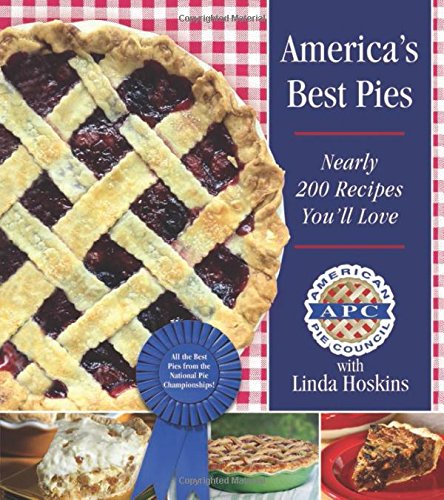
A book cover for America's Best Pies: Nearly 200 Recipes You'll Love; American Pie Council; Cookbooks, Food & Wine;